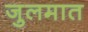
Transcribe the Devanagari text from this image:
जुलमात